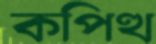
কপিত্থ